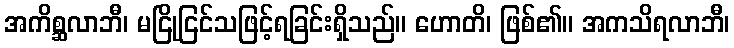
အကိစ္ဆလာဘီ၊ မငြိုငြင်သဖြင့်ရခြင်းရှိသည်။ ဟောတိ၊ ဖြစ်၏။ အကသိရလာဘီ၊